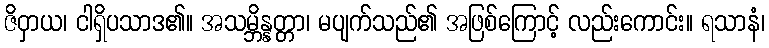
ဇိဝှာယ၊ ငါရှိပသာဒ၏။ အသမ္ဘိန္နတ္တာ၊ မပျက်သည်၏ အဖြစ်ကြောင့် လည်းကောင်း။ ရသာနံ၊